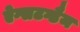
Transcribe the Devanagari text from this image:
ऐग्सटग्डैम